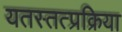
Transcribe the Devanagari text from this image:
यतस्तत्प्रक्रिया